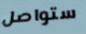
ستواصل